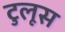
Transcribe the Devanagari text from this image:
टुलूस